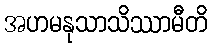
အဟမနုသာသိဿာမီတိ